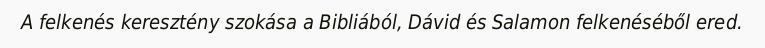
A felkenés keresztény szokása a Bibliából, Dávid és Salamon felkenéséből ered.